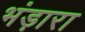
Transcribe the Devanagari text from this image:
भंड़ारा